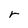
Character: r